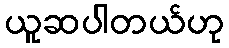
ယူဆပါတယ်ဟု